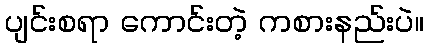
ပျင်းစရာ ကောင်းတဲ့ ကစားနည်းပဲ။